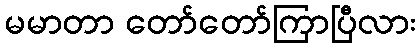
မမာတာ တော်တော်ကြာပြီလား